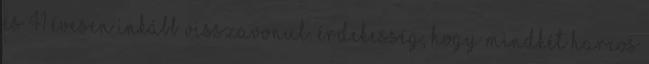
és 41 évesen inkább visszavonul. Érdekesség, hogy mindkét harcos